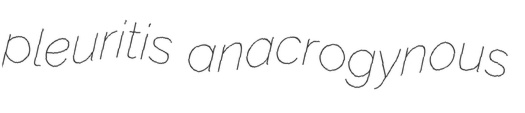
pleuritis anacrogynous